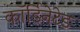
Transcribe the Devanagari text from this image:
कॉर्डिनेटेड